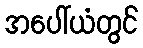
အပေါ်ယံတွင်